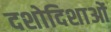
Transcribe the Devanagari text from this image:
दशोदिशाओं